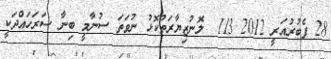
28 ފެބުރުއަރީ 2012 113  ލޮނުޒިޔާރަތްކޮޅު ނުވަތަ ސުނާމީ ބިނާ ސަރަހައްދަކީ